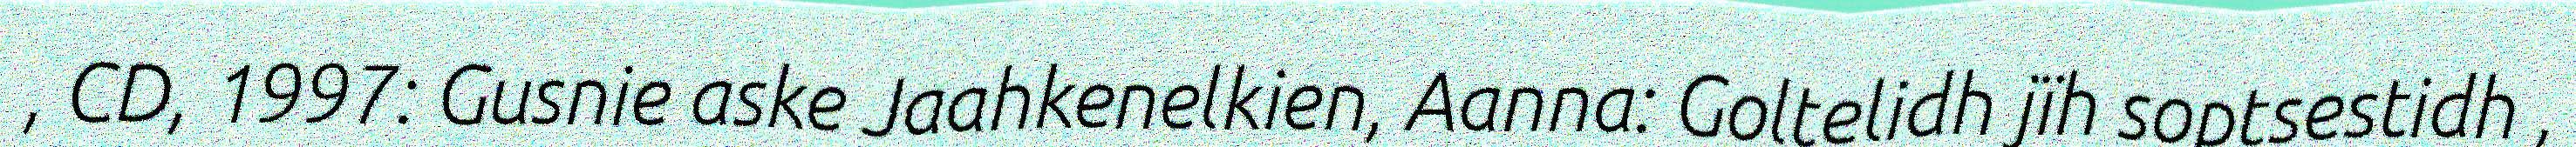
, CD, 1997: Gusnie aske Jaahkenelkien, Aanna: Goltelidh jïh soptsestidh ,